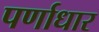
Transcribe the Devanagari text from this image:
पर्णाधार